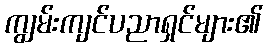
ကျွမ်းကျင်ပညာရှင်များ၏